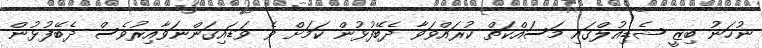
ނުހަނު ބިޒީ ޝެޑިއުލްގައި މަސައްކަތް ކުރައްވަވާ ދެބޭފުޅުން ކަމަށް ވެ ވަޑައިގަންނަވާއިރުވެސް ދެބޭފުޅުން